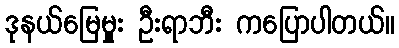
ဒုနယ်မြေမှုုး ဦးရာဘီး ကပြောပါတယ်။